Civil Veterinary Dept. Assam report 1911-1927 - 1911-1927
Year: 1911
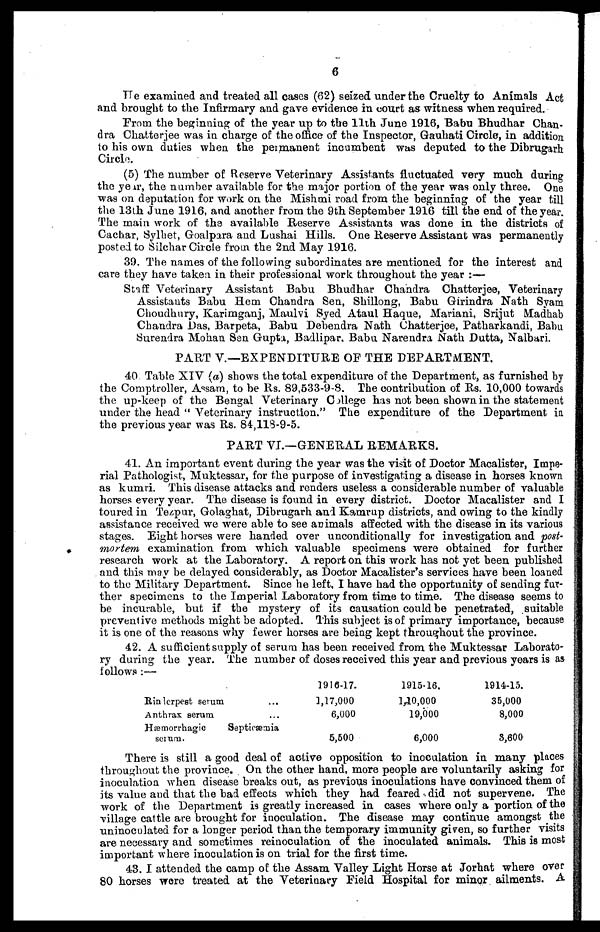
6
He examined and treated all cases (62) seized under the Cruelty to Animals Act
and brought to the Infirmary and gave evidence in court as witness when required.
Prom the beginning of the year up to the 11th June 1916, Babu Bhudhar Chan-
dra Chatterjee was in charge of the office of the Inspector, Gauhati Circle, in addition
to his own duties when the permanent incumbent was deputed to the Dibrugarh
Circle.
(5) The number of Reserve Veterinary Assistants fluctuated very much during
the year, the number available for the major portion of the year was only three. One
was on deputation for work on the Mishmi road from the beginning of the year till
the 13th June 1916, and another from the 9th September 1916 till the end of the year.
The main work of the available Reserve Assistants was done in the districts of
Cachar, Sylhet, Goalpara and Lushai Hills. One Reserve Assistant was permanently
posted to Silchar Circle from the 2nd May 1916.
39. The names of the following subordinates are mentioned for the interest and
care they have taken in their professional work throughout the year :—
Stiff Veterinary Assistant Babu Bhudhar Chandra Chatterjee, Veterinary
Assistants Babu Hem Chandra Sen, Shillong, Babu Girindra Nath Syam
Choudhury, Karimganj, Maulvi Syed Ataul Haque, Mariani, Srijut Madhab
Chandra Das, Barpeta, Babu Debendra Nath Chatterjee, Patharkandi, Babu
Surendra Mohan Sen Gupta, Badlipar, Babu Narendra Nath Dutta, Nalbari.
PART V.—EXPENDITURE OF THE DEPARTMENT.
40 Table XIV (a) shows the total expenditure of the Department, as furnished by
the Comptroller, Assam, to be Rs. 89,533-9-8. The contribution of Rs. 10,000 towards
the up-keep of the Bengal Veterinary College has not been shown in the statement
under the head " Veterinary instruction." The expenditure of the Department in
the previous year was Rs. 84,118-9-5.
PART VI.—GENERAL REMARKS.
41. An important event during the year was the visit of Doctor Macalister, Impe-
rial Pathologist, Muktessar, for the purpose of investigating a disease in horses known
as kumri. This disease attacks and renders useless a considerable number of valuable
horses every year. The disease is found in every district. Doctor Macalister and I
toured in Tezpur, Golaghat, Dibrugarh and Kamrup districts, and owing to the kindly
assistance received we were able to see animals affected with the disease in its various
stages. Eight horses were handed over unconditionally for investigation and post-
mortem examination from which valuable specimens were obtained for further
research work at the Laboratory. A report on this work has not yet been published
and this may be delayed considerably, as Doctor Macalister's services have been loaned
to the Military Department. Since he left, I have had the opportunity of sending fur-
ther specimens to the Imperial Laboratory from time to time. The disease seems to
be incurable, but if the mystery of its causation could be penetrated, suitable
preventive methods might be adopted. This subject is of primary importance, because
it is one of the reasons why fewer horses are being kept throughout the province.
42. A sufficient supply of serum has been received from the Muktessar Laborato-
ry during the year. The number of doses received this year and previous years is as
follows :—
Rinderpest serum ...
Anthrax serum ...
Hæmorrhagic
Septicæmia
serum.
1916-17.
1,17,000
6,000
5,500
1915-16.
1,10,000
19,000
6,000
1914-15.
35,000
8,000
3,600
There is still a good deal of active opposition to inoculation in many places
throughout the province. On the other hand, more people are voluntarily asking for
inoculation when disease breaks out, as previous inoculations have convinced them of
its value and that the bad effects which they had feared did not supervene. The
work of the Department is greatly increased in cases where only a portion of the
village cattle are brought for inoculation. The disease may continue amongst the
uninoculated for a longer period than the temporary immunity given, so further visits
are necessary and sometimes reinoculation of the inoculated animals. This is most
important where inoculation is on trial for the first time.
43. I attended the camp of the Assam Valley Light Horse at Jorhat where over
80 horses were treated at the Veterinary Field Hospital for minor ailments. A